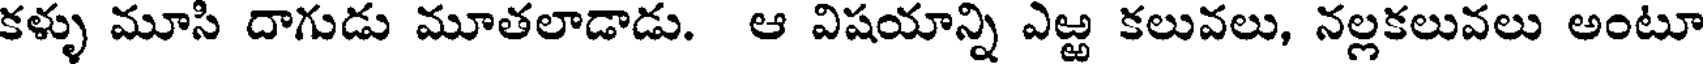
కళ్ళు మూసి దాగుడు మూతలాడాడు. ఆ విషయాన్ని ఎఱ్ఱ కలువలు, నల్లకలువలు అంటూ